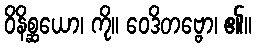
ဝိနိစ္ဆယော၊ ကို။ ဝေဒိတဗ္ဗော၊ ၏။